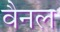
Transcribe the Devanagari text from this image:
वैनल